Indian journal of veterinary science and animal husbandry - Volume 11,
Year: 1941
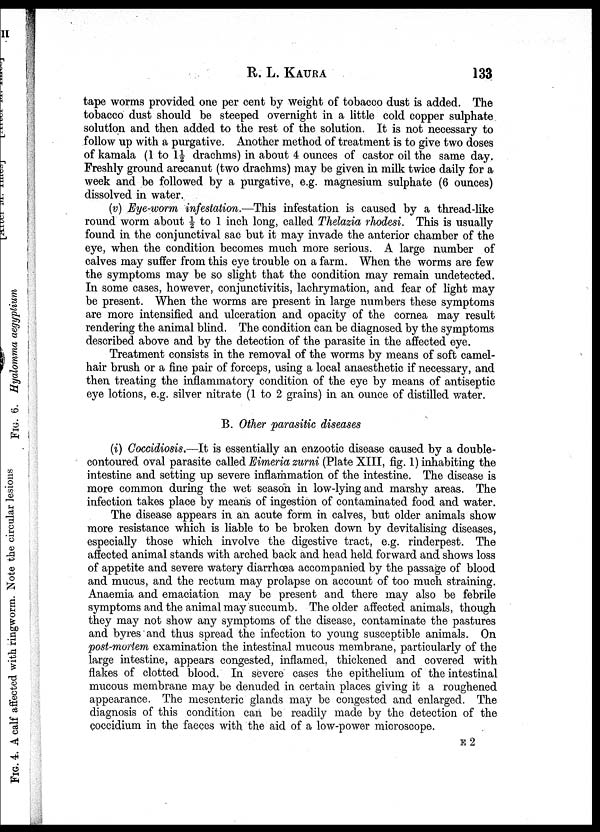
R. L.
KAURA
133
tape worms provided one per cent by weight of tobacco dust is added. The
tobacco dust should be steeped overnight in a little cold copper sulphate
solution and then added to the rest of the solution. It is not necessary to
follow up with a purgative. Another method of treatment is to give two doses
of kamala (1 to 1½ drachms) in about 4 ounces of castor oil the same day.
Freshly ground arecanut (two drachms) may be given in milk twice daily for a
week and be followed by a purgative, e.g. magnesium sulphate (6 ounces)
dissolved in water.
(v) Eye-worm infestation.—This infestation is caused by a thread-like
round worm about ½ to 1 inch long, called Thelazia rhodesi. This is usually
found in the conjunctival sac but it may invade the anterior chamber of the
eye, when the condition becomes much more serious. A large number of
calves may suffer from this eye trouble on a farm. When the worms are few
the symptoms may be so slight that the condition may remain undetected.
In some cases, however, conjunctivitis, lachrymation, and fear of light may
be present. When the worms are present in large numbers these symptoms
are more intensified and ulceration and opacity of the cornea may result
rendering the animal blind. The condition can be diagnosed by the symptoms
described above and by the detection of the parasite in the affected eye.
Treatment consists in the removal of the worms by means of soft camel-
hair brush or a fine pair of forceps, using a local anaesthetic if necessary, and
then treating the inflammatory condition of the eye by means of antiseptic
eye lotions, e.g. silver nitrate (1 to 2 grains) in an ounce of distilled water.
B. Other parasitic diseases
(i) Coccidiosis.—It is essentially an enzootic disease caused by a double-
contoured oval parasite called Eimeria zurni (Plate XIII, fig. 1) inhabiting the
intestine and setting up severe inflammation of the intestine. The disease is
more common during the wet season in low-lying and marshy areas. The
infection takes place by means of ingestion of contaminated food and water.
The disease appears in an acute form in calves, but older animals show
more resistance which is liable to be broken down by devitalising diseases,
especially those which involve the digestive tract, e.g. rinderpest. The
affected animal stands with arched back and head held forward and shows loss
of appetite and severe watery diarrhœa accompanied by the passage of blood
and mucus, and the rectum may prolapse on account of too much straining.
Anaemia and emaciation may be present and there may also be febrile
symptoms and the animal may succumb. The older affected animals, though
they may not show any symptoms of the disease, contaminate the pastures
and byres and thus spread the infection to young susceptible animals. On
post-mortem examination the intestinal mucous membrane, particularly of the
large intestine, appears congested, inflamed, thickened and covered with
flakes of clotted blood. In severe cases the epithelium of the intestinal
mucous membrane may be denuded in certain places giving it a roughened
appearance. The mesenteric glands may be congested and enlarged. The
diagnosis of this condition can be readily made by the detection of the
coccidium in the faeces with the aid of a low-power microscope.
E 2